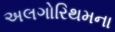
અલગોરિથમના